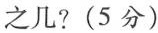
之几?(5分)